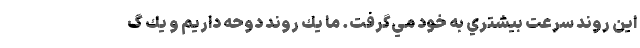
اين روند سرعت بيشتري به خود مي‌گرفت. ما يك روند دوحه داريم و يك گ